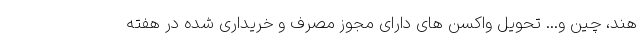
هند، چین و... تحویل واکسن های دارای مجوز مصرف و خریداری شده در هفته